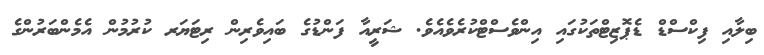
ބިލާއި ފިކްސްޑް ޑެޕޮޒިޓްތަކުގައި އިންވެސްޓްކުރެވެއެވެ. ޝަރީއާ ފަންޑުގެ ބައިވެރިން ރިޓަޔަރ ކުރުމުން އެމެންބަރުންގެ